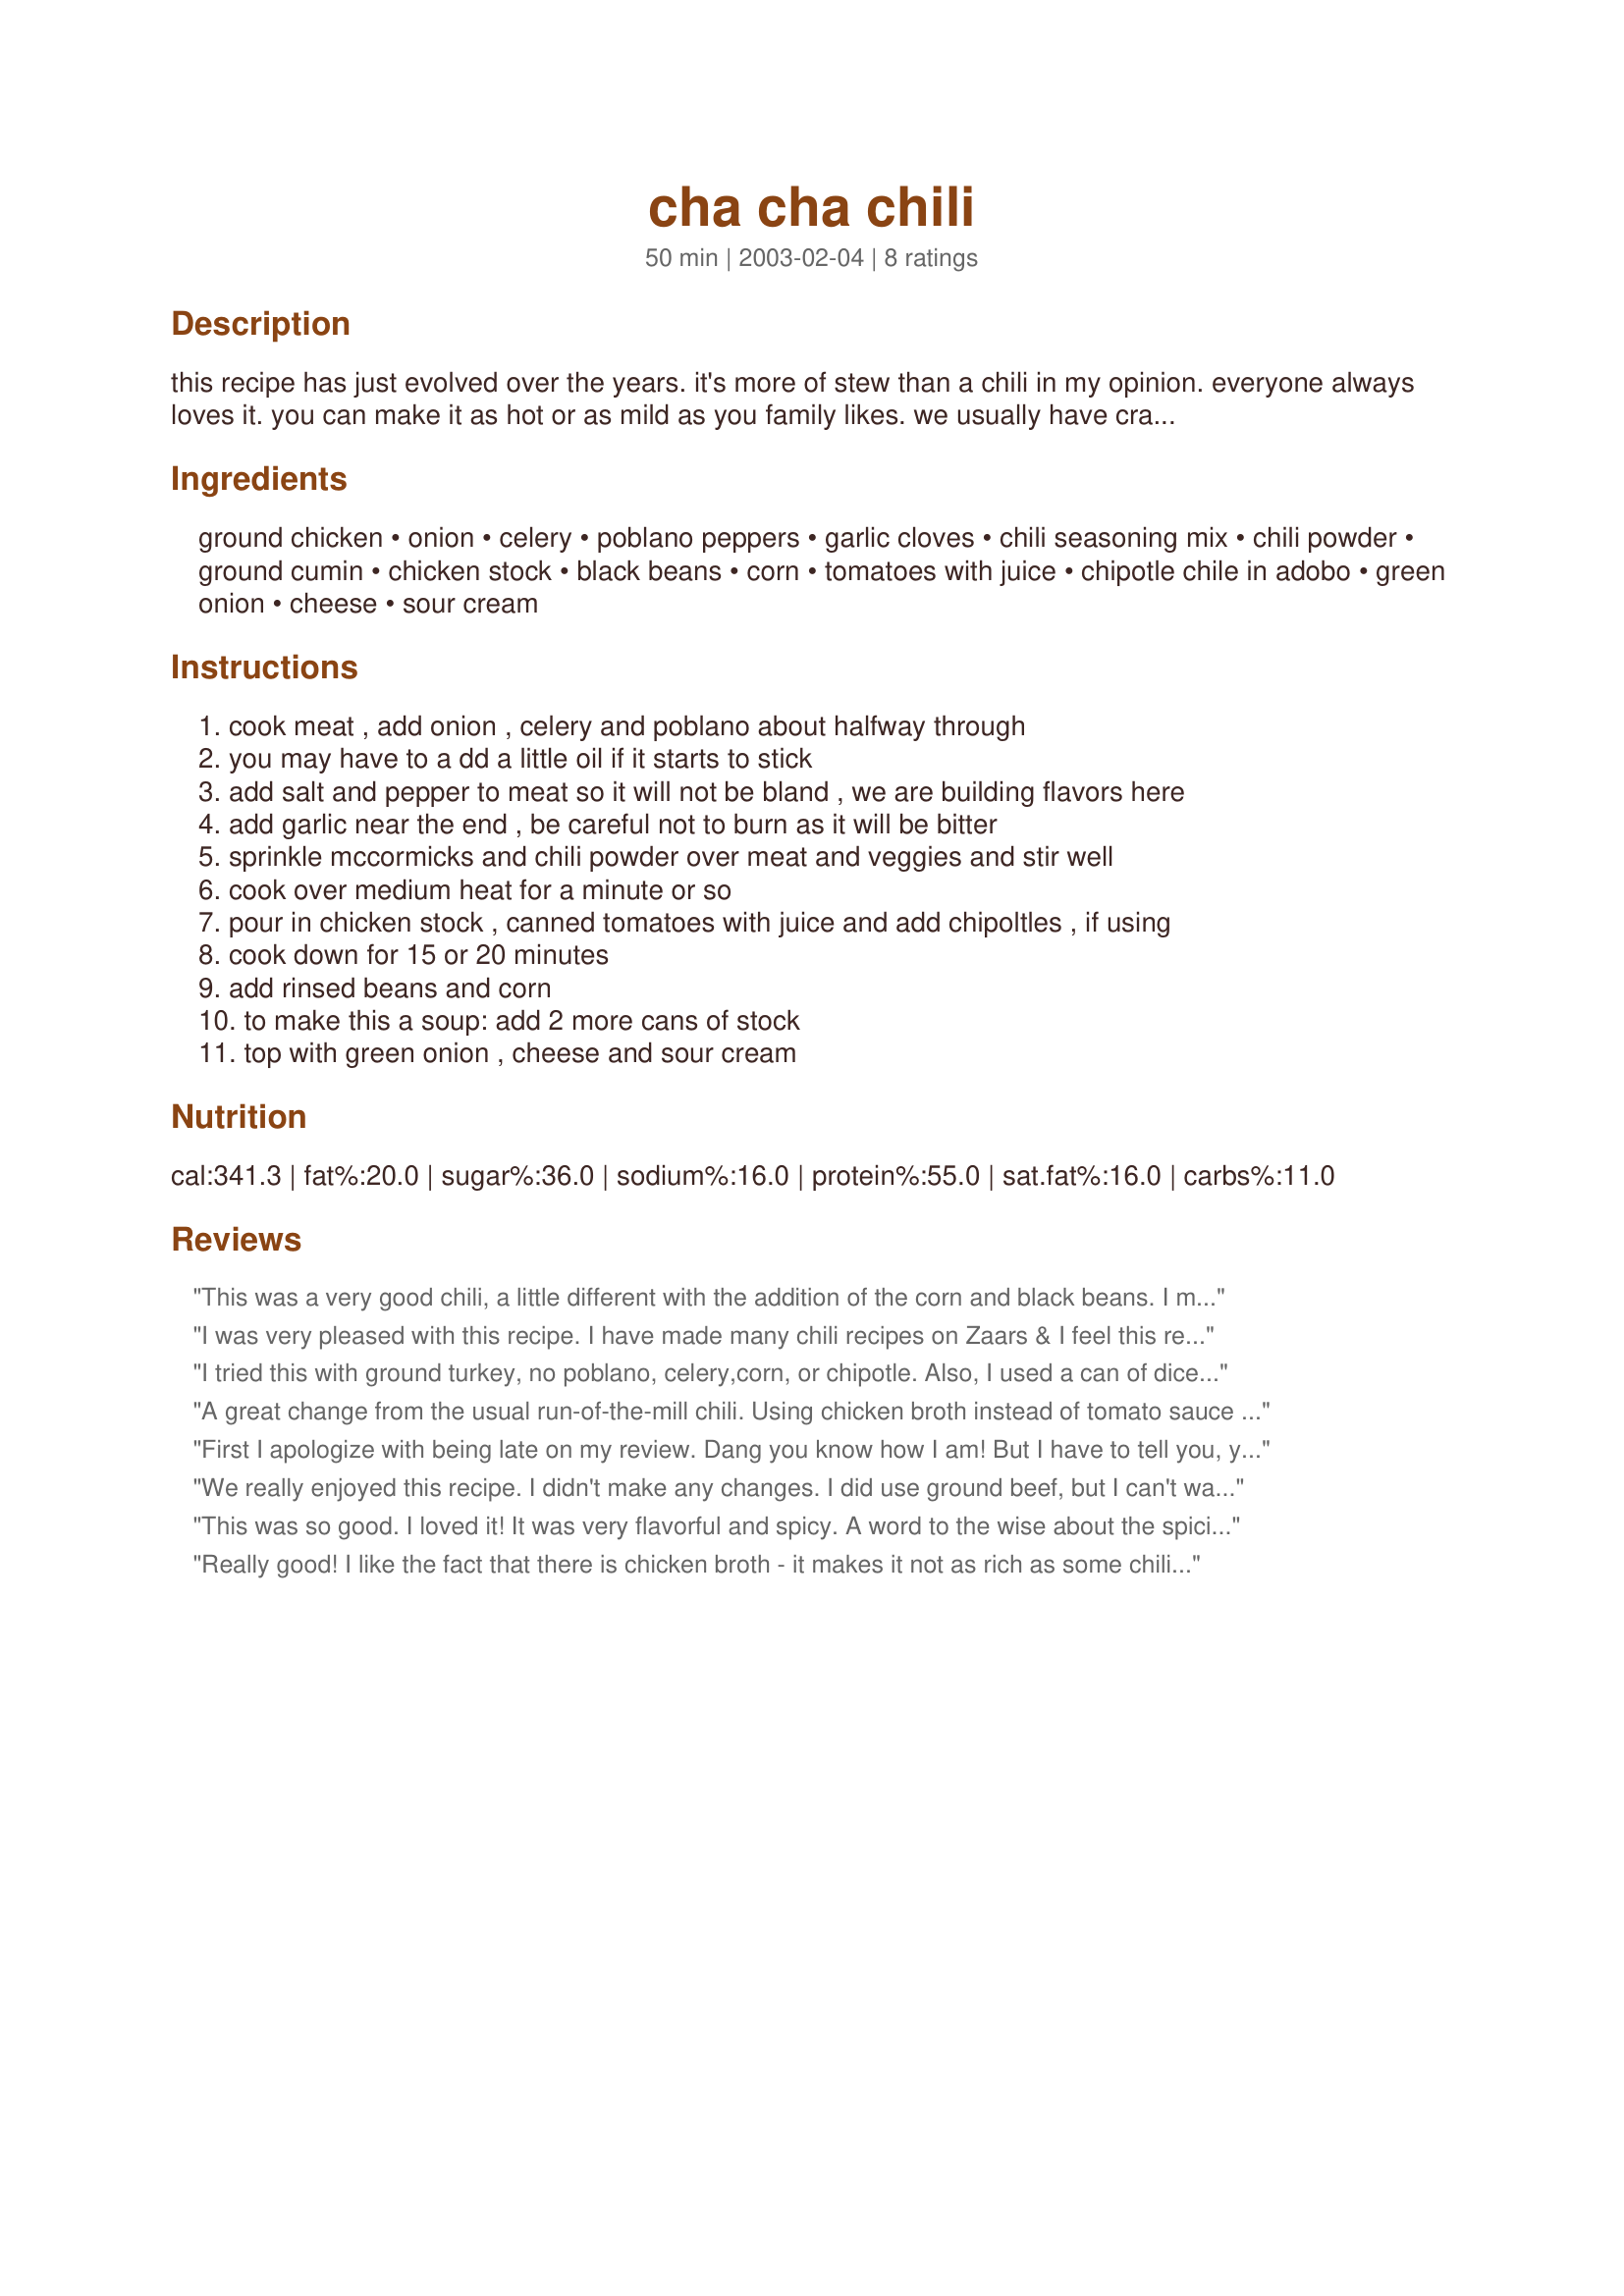
cha cha chili
Preparation time: 50 minutes

this recipe has just evolved over the years. it's more of stew than a chili in my opinion. everyone always loves it. you can make it as hot or as mild as you family likes. we usually have crackers or cornbread with it.

Ingredients:
ground chicken, onion, celery, poblano peppers, garlic cloves, chili seasoning mix, chili powder, ground cumin, chicken stock, black beans, corn, tomatoes with juice, chipotle chile in adobo, green onion, cheese, sour cream

Steps:
cook meat , add onion , celery and poblano about halfway through
you may have to a dd a little oil if it starts to stick
add salt and pepper to meat so it will not be bland , we are building flavors here
add garlic near the end , be careful not to burn as it will be bitter
sprinkle mccormicks and chili powder over meat and veggies and stir well
cook over medium heat for a minute or so
pour in chicken stock , canned tomatoes with juice and add chipoltles , if using
cook down for 15 or 20 minutes
add rinsed beans and corn
to make this a soup: add 2 more cans of stock
top with green onion , cheese and sour cream

Reviews:
This was a very good chili, a little different with the addition of the corn and black beans. I made a directed, using 2 chipotle chilies to add just a bit of heat.
I was very pleased with this recipe. I have made many chili recipes on Zaars & I feel this recipe is one of the best. I do not used items like "McCormicks chili seasoning mix" but enjoyed this recipe so much that I now have two packages on standby for the next 2 times. I used ground beef, 2 garlic cloves as that is all I had on hand, 1 chipotle pepper as there were no poblano available, 3 stalks of celery as I like the crunch. I am ashamed to say no homemade chicken broth on hand so I used half a dark beer. This recipe has the additional items to make you feel that you are eating something special & not a run of the mill dish. Now after reviewing this recipe. I have a desire for chili. Thank you Riff!
I tried this with ground turkey, no poblano, celery,corn, or chipotle. Also, I used a can of diced tomatoes and chickpeas (instead of black beans). This is good. I may try it again if I can find a recipe for chili seasoning mix (I don't see the point in buying anymore premade mixes - they usually use things I have on hand anyway).
A great change from the usual run-of-the-mill chili. Using chicken broth instead of tomato sauce made it taste like enchilada sauce, which I happen to love! I used ground turkey and my DH said he could not tell that it was not beef. I did add 1Tbs.of flour to my turkey after it was cooked in order to thicken the chili. I left out the celery, added a can of pinto beans in addition to the black beans, and added the can juices from the beans and the corn. 4 chipotle peppers made it nice and spicy. I will definitely be making this again!
First I apologize with being late on my review. Dang you know how I am! But I have to tell you, you did me quite the honor here. Ok I'm not keen on ground chicken or turkey....It's a mental thing, but you proved me wrong! I did not tell my family that it was ground chicken. (they get it from me) instead I said it was a different kind of chili (california chili) LOL Which was fine with the man as he likes the beans added. (sigh) At any rate I was thrilled with the results and flavor! Will be making often. How can anyone resist with a name like that? Riff it really is fantastic girl! Thank you for thinking of me! It's perfection! And your right it is (nearly) as pretty as me! LOL You've got to try this people!
We really enjoyed this recipe. I didn't make any changes. I did use ground beef, but I can't wait to try this with ground chicken or ground turkey to make it a little more healthier for my DH. I served this with Recipe #65822. Thank you Riffraff for posting!
This was so good. I loved it! It was very flavorful and spicy. A word to the wise about the spiciness. The poblanos do have alot of heat and the chipotles also do. So if youre not looking for a firebreathing hot chili then leave something out or use less of it. I kinda wish i have left out the hot part because the chili is so good with beef in it. I used kidney beans instead of black beans because i didn't have any.
Thanks for your great recipe!
Really good! I like the fact that there is chicken broth - it makes it not as rich as some chilis that are all tomato sauce. This was just as good the next day of leftovers. YUM!
